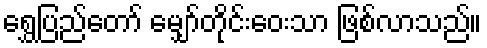
ရွှေပြည်တော် မျှော်တိုင်းဝေးသာ ဖြစ်လာသည်။